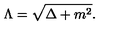
\Lambda = \sqrt { \Delta + m ^ { 2 } } .